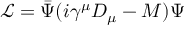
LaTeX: \mathcal { L } = \bar { \Psi } ( i \gamma ^ { \mu } D _ { \mu } - M ) \Psi